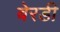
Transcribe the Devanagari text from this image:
बेरडी